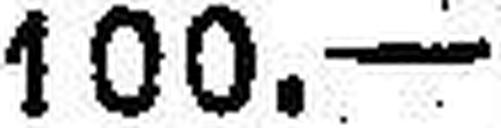
100.—